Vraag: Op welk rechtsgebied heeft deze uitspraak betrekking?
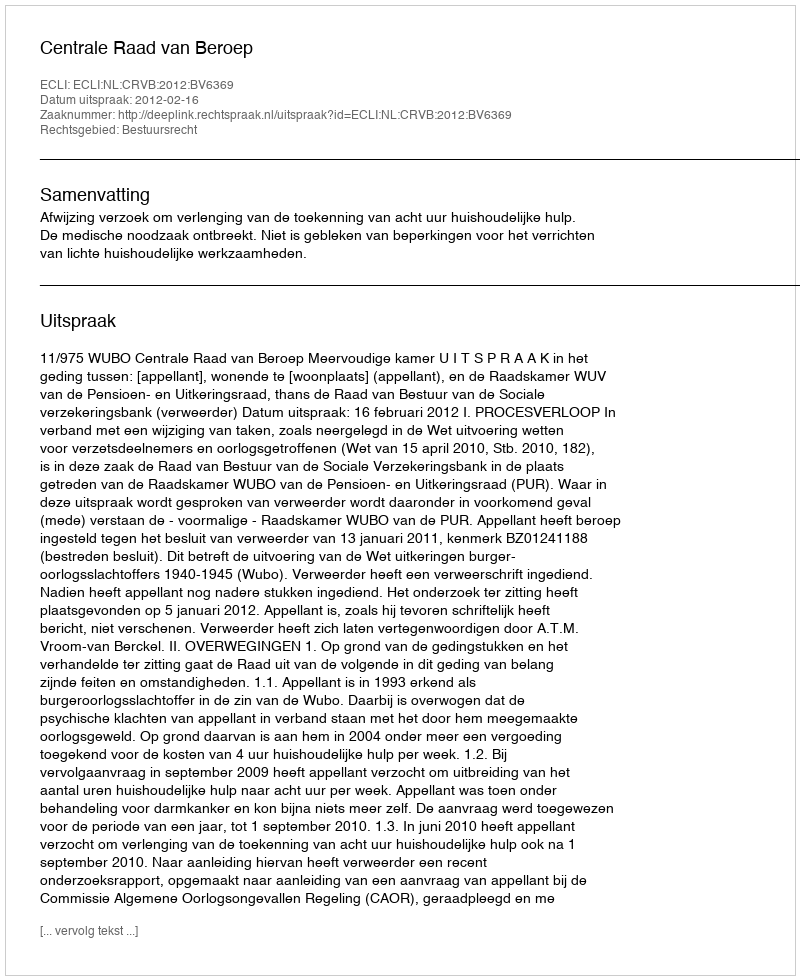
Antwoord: Bestuursrecht